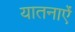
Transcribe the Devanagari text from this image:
यातनाऐं